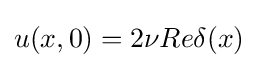
u(x,0)=2\nu Re\delta (x)